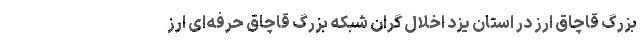
بزرگ قاچاق ارز در استان یزد اخلال گران شبکه بزرگ قاچاق حرفه‌ای ارز